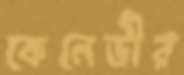
কেনেডীর